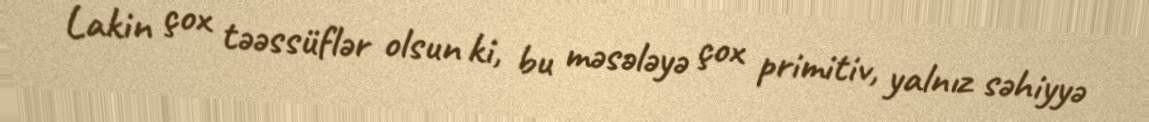
Lakin çox təəssüflər olsun ki, bu məsələyə çox primitiv, yalnız səhiyyə